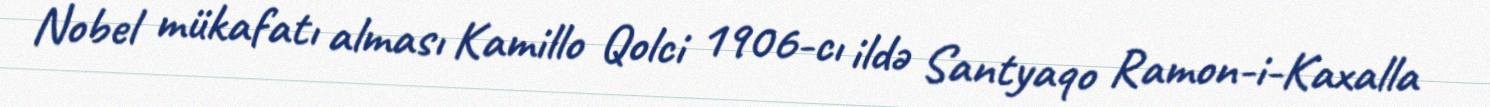
Nobel mükafatı alması Kamillo Qolci 1906-cı ildə Santyaqo Ramon-i-Kaxalla